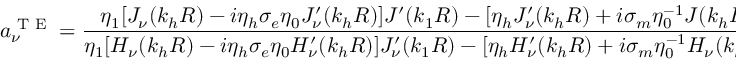
a _ { \nu } ^ { \textrm { T E } } = \frac { \eta _ { 1 } [ J _ { \nu } ( k _ { h } R ) - i \eta _ { h } \sigma _ { e } \eta _ { 0 } J _ { \nu } ^ { \prime } ( k _ { h } R ) ] J ^ { \prime } ( k _ { 1 } R ) - [ \eta _ { h } J _ { \nu } ^ { \prime } ( k _ { h } R ) + i \sigma _ { m } \eta _ { 0 } ^ { - 1 } J ( k _ { h } R ) ] J _ { \nu } ( k _ { 1 } R ) } { \eta _ { 1 } [ H _ { \nu } ( k _ { h } R ) - i \eta _ { h } \sigma _ { e } \eta _ { 0 } H _ { \nu } ^ { \prime } ( k _ { h } R ) ] J _ { \nu } ^ { \prime } ( k _ { 1 } R ) - [ \eta _ { h } H _ { \nu } ^ { \prime } ( k _ { h } R ) + i \sigma _ { m } \eta _ { 0 } ^ { - 1 } H _ { \nu } ( k _ { h } R ) ] J _ { \nu } ( k _ { 1 } R ) }